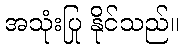
အသုံးပြု နိုင်သည်။